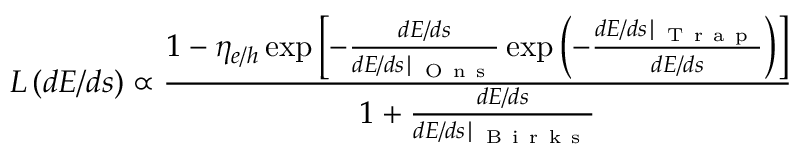
L \left( d E / d s \right) \propto \frac { 1 - \eta _ { e / h } \exp { \left[ - \frac { d E / d s } { d E / d s \mid _ { \mathrm { ~ O ~ n ~ s ~ } } } \exp { \left( - \frac { d E / d s \mid _ { \mathrm { ~ T ~ r ~ a ~ p ~ } } } { d E / d s } \right) } \right] } } { 1 + \frac { d E / d s } { d E / d s \mid _ { \mathrm { ~ B ~ i ~ r ~ k ~ s ~ } } } }